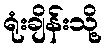
ရုံးချိန်းသို့